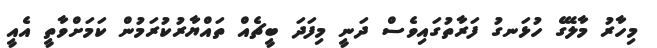
މިހާރު މާލޭގެ ހުޅަނގު ފަރާތުގައިވެސް ދަނީ މިފަދަ ބީޗެއް ތައްޔާރުކުރަމުން ކަމަށްވާތީ އެއީ